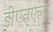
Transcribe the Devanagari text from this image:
डीएन्एला